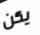
يكن